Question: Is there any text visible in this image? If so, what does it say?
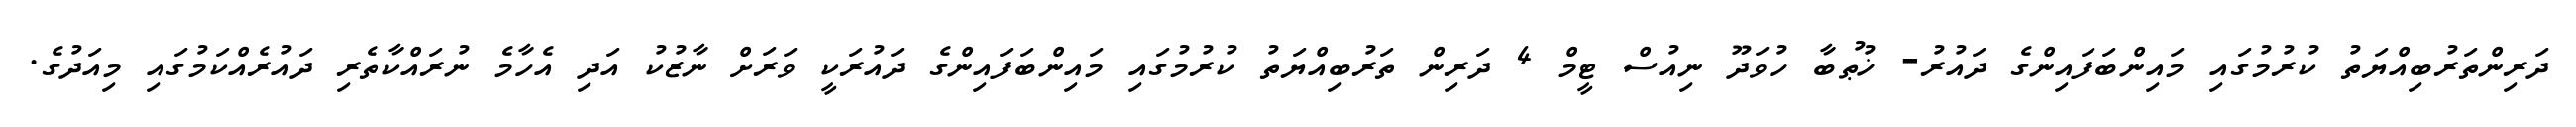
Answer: ދަރިންތަރުބިއްޔަތު ކުރުމުގައި މައިންބަފައިންގެ ދައުރު- ޚުޠުބާ ހުވަދޫ ނިއުސް ޓީމް 4 ދަރިން ތަރުބިއްޔަތު ކުރުމުގައި މައިންބަފައިންގެ ދައުރަކީ ވަރަށް ނާޒުކު އަދި އެހާމެ ނުރައްކާތެރި ދައުރެއްކަމުގައި މިއަދުގެ.